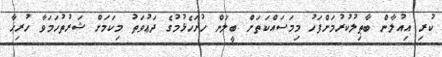
ކުރި އިއުލާން ބާޠިލުކުރުމަށްފަހު މިމަސައްކަތަށް ބީލަން ހުށަހެޅުމުގެ ދަޢުވަތު މިކަމަށް ޝަރުތުހަމަވާ ހުރިހާ